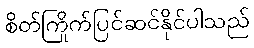
စိတ်ကြိုက်ပြင်ဆင်နိုင်ပါသည်